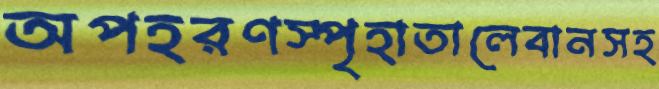
অপহরণস্পৃহাতালেবানসহ